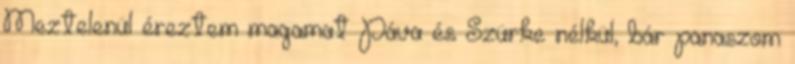
Meztelenül éreztem magamat Páva és Szürke nélkül, bár panaszom